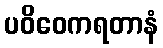
ပဝိဝေကရတာနံ